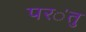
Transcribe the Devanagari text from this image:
पर॑तु